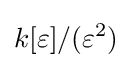
k[\varepsilon ]/(\varepsilon ^{2})